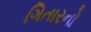
ગિતારનો